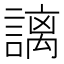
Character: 謧